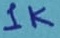
Text: 1K